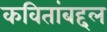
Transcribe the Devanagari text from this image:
कवितांबद्दल